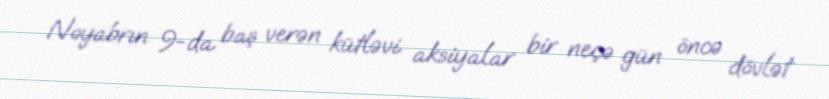
Noyabrın 9-da baş verən kütləvi aksiyalar bir neçə gün öncə dövlət